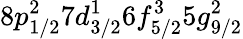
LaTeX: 8p_{1/2}^{2}7d_{3/2}^{1}6f_{5/2}^{3}5g_{9/2}^{2}